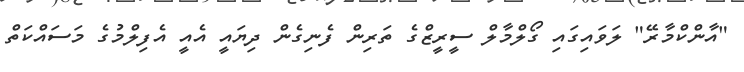
"އާންކްމާރޭ" ލަވައިގައި ގޯލްމާލް ސީރީޒްގެ ތަރިން ފެނިގެން ދިޔައީ އެއީ އެފިލްމުގެ މަސައްކަތް